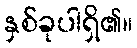
နှစ်ခုပါရှိ၏။